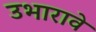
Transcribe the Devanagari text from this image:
उभारावे